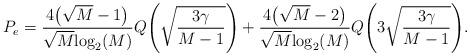
LaTeX: \begin{align*}P_e=\frac{4\big(\sqrt{M}-1\big)}{\sqrt{M}\mathrm{log}_2(M)}{Q} \Bigg(\sqrt{\frac{3\gamma}{M-1}}\Bigg)+\frac{4\big(\sqrt{M}-2\big)}{\sqrt{M}\mathrm{log}_2(M)}{Q} \Bigg(3\sqrt{\frac{3\gamma}{M-1}}\Bigg).\end{align*}